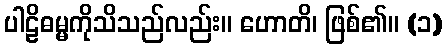
ပါဠိဓမ္မကိုသိသည်လည်း။ ဟောတိ၊ ဖြစ်၏။ (၁)